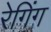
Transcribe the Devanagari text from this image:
रेगिंग